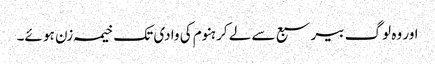
اور وہ لوگ بیر سبع سے لے کر ہنوم کی وادی تک خیمہ زن ہو ئے۔